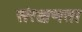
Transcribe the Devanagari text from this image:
संरक्षणता